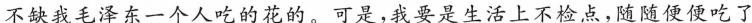
不缺我毛泽东一个人吃的花的。可是，我要是生活上不检点，随随便便吃了